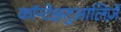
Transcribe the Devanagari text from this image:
कॉन्टेक्षतुआलिज़े